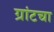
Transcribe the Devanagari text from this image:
ग्रांटचा